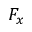
F _ { x }